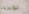
لويزيانا